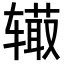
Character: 𨐉